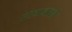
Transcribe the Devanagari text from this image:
संस्थानांतही